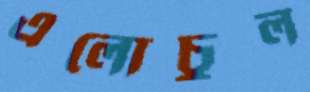
এলোচুল